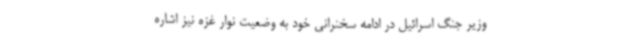
وزیر جنگ اسرائیل در ادامه سخنرانی خود به وضعیت نوار غزه نیز اشاره